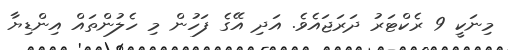
މިނަކީ 9 ރެކްޓަރު ދަރަޖައެވެ. އަދި އޭގެ ފަހުން މި ހެލުންތައް އިންޑިޔާ